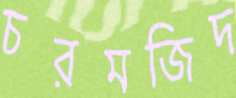
চরমজিদ